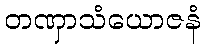
တဏှာသံယောဇနံ